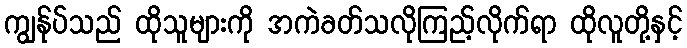
ကျွန်ုပ်သည် ထိုသူများကို အကဲခတ်သလိုကြည့်လိုက်ရာ ထိုလူတို့နှင့်